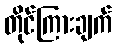
တိုင်ကြားချက်